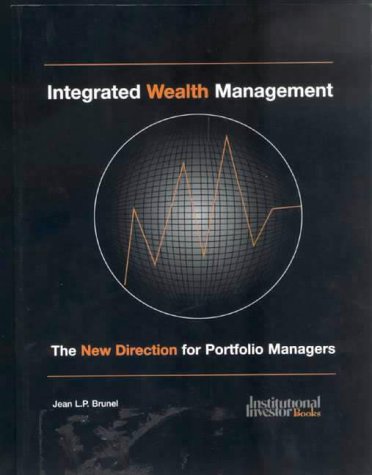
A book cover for Integrated Wealth Management: The New Direction for Portfolio Managers; Jean Brunel; Business & Money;